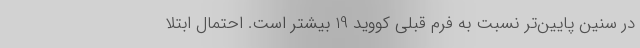
در سنین پایین‌تر نسبت به فرم قبلی کووید 19 بیشتر است. احتمال ابتلا